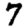
Digit: 7